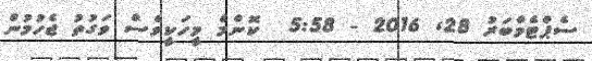
ސެޕްޓެމްބަރު 28